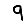
Digit: 9